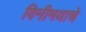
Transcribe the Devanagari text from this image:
विनीमयाचे